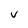
Character: v